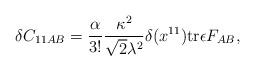
LaTeX: \begin{align*}\delta C_{11 AB} = {\alpha \over 3!} {\kappa^2 \over \sqrt{2} \lambda^2} \delta (x^{11}) {\rm tr} \epsilon F_{AB},\end{align*}